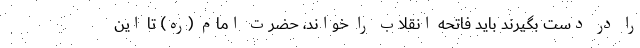
را در دست بگیرند باید فاتحه انقلاب را خواند، حضرت امام (ره) تا این